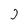
Character: j